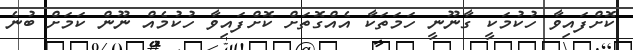
ކޮށްފައިވާ ހުކުމަކީ ގާނޫނީ ހަމަތަކާ އެއްގޮތަށް ކޮށްފައިވާ ހުކުމެއް ނޫން ކަމަށް ބުނެ